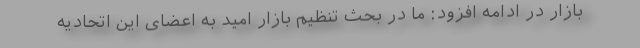
بازار در ادامه افزود: ما در بحث تنظیم بازار امید به اعضای این اتحادیه